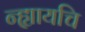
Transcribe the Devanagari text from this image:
न्ह्यायचि